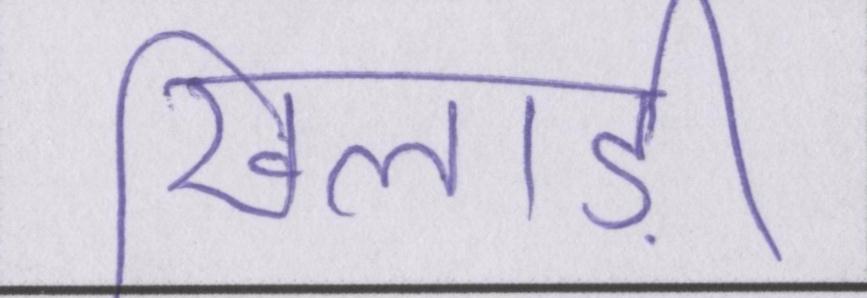
खिलाड़ी